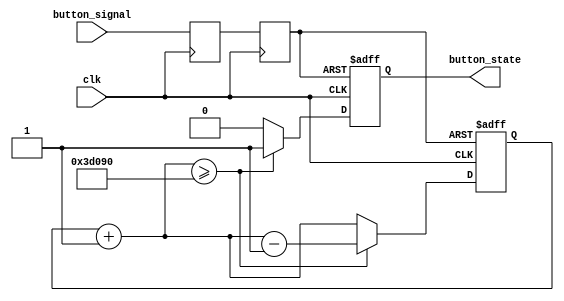
`timescale 1ns / 1ps
//////////////////////////////////////////////////////////////////////////////////
// Company: 
// 
// Design Name: 
// Module Name:    ANTI-BOUNCE 
// Project Name: 
// Target Devices: 
// Tool versions: 
// Description: 
//
// Dependencies: 
//
// Revision: 
// Revision 0.01 - File Created
// Additional Comments: 
//
//////////////////////////////////////////////////////////////////////////////////
module ANTI_BOUNCE(clk, button_signal, button_state);
input clk;
input button_signal;
output reg button_state;//1 button is active(down)

//reg [1:0] button_counter;
//wire [1:0] button_counter_max;
reg [17:0] button_counter;
wire [17:0] button_counter_max;
reg sync_0;
reg sync_1;

always @(posedge clk)//synchronize clk and button
	sync_0 = button_signal;
	
always @(posedge clk)//synchronize clk and button
	sync_1 = sync_0;
	
//assign button_counter_max = 2'b11;//max when all bits of counter are 1
assign button_counter_max = 18'b111101000010010000;

always @(posedge clk or negedge sync_1)
begin
	if (sync_1 == 0)//release button
	begin
		button_counter = 0;//nothing going on
		button_state = 0;
	end
	else//push button
	begin
		button_counter = button_counter + 1'b1;//soething going on
		if (button_counter >= button_counter_max)
		begin
			button_state = 1;//if counter is greater than max button_state = 1 (active)
			button_counter = button_counter - 1;
		end
		else //button is unactive
		begin
			button_state = 0;
		end
	end
end

endmodule